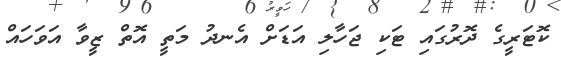
ކޮޓަރީގެ ދޮރުގައި ޓަކި ޖަހާލި އަޑަށް އެނދު މަތީ އޮތް ޒީވާ އަވަހައް